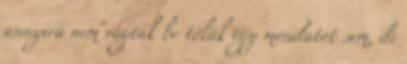
annyira nem vágtak be tőlük egy mondatot sem, de